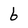
Character: 6